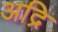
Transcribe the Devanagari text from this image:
अद्रि